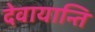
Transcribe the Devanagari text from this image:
देवायान्ति